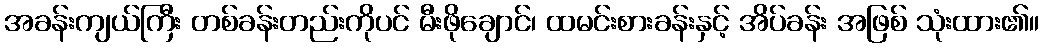
အခန်းကျယ်ကြီး တစ်ခန်းတည်းကိုပင် မီးဖိုချောင်၊ ထမင်းစားခန်းနှင့် အိပ်ခန်း အဖြစ် သုံးထား၏။